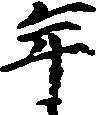
年